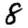
Digit: 8